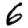
Digit: 6